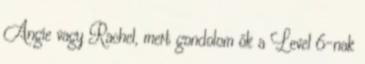
Angie vagy Rachel, mert gondolom ők a Level 6-nak